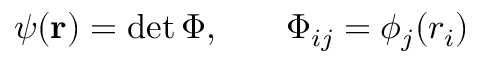
\begin{array} { r l r } { \psi ( { \mathbf { r } } ) = \operatorname* { d e t } \Phi , } & { { } } & { \Phi _ { i j } = \phi _ { j } ( r _ { i } ) } \end{array}